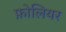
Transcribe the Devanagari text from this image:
फ़ोलियर